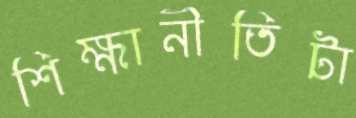
শিক্ষানীতিটা